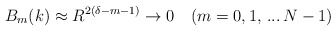
\begin{align*}B_m(k)\approx R^{2(\delta -m-1)}\to 0 \quad (m=0,1,\,...\,N-1)\end{align*}